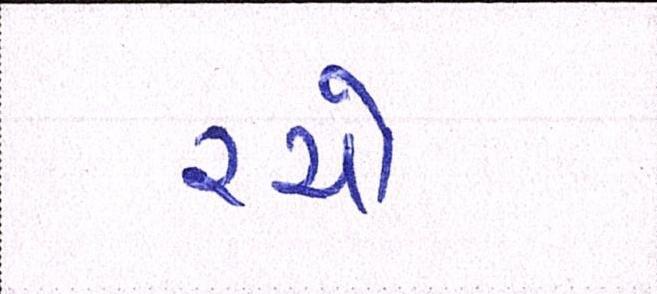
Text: રચો